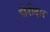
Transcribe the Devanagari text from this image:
घेरीदार